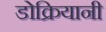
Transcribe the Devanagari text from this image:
डोक्रियानी